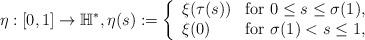
LaTeX: \begin{align*}\eta: [0,1] \rightarrow \mathbb{H}^*, \eta(s) := \left\{ \begin{array}{ll} \xi(\tau(s)) & \mbox{for } 0\leq s \leq \sigma(1), \\ \xi(0) & \mbox{for } \sigma(1) < s \leq 1, \end{array} \right.\end{align*}